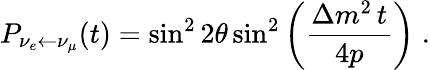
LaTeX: P_{\nu_{e}\leftarrow\nu_{\mu}}(t)=\sin^{2}2\theta\sin^{2}\left(\frac{\Delta m^{2}\, t}{4p}\right)\; .